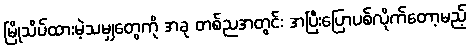
မြိုသိပ်ထားမဲ့သမျှတွေကို အခု တစ်ညအတွင်း အပြီးပြောပစ်လိုက်တော့မည့်